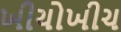
ખીચોખીચ